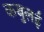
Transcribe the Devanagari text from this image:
कबुलई